Scottish Leaving Certificate Examination, 1954
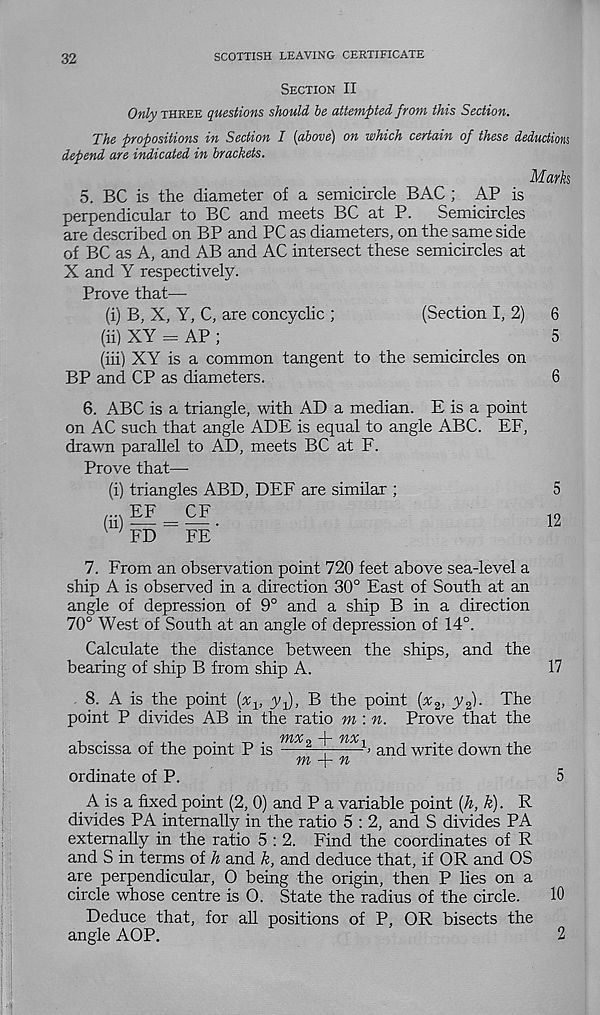
32
SCOTTISH LEAVING CERTIFICATE
Section II
Only three questions should he attempted from this Section.
The propositions in Section I {above) on which certain of these deductions
depend are indicated in brackets.
Marks
5. BC is the diameter of a semicircle BAG ; AP is
perpendicular to BC and meets BC at P.
Semicircles
are described on BP and PC as diameters, on the same side
of BC as A, and AB and AC intersect these semicircles at
X and Y respectively.
Prove that—
(i) B, X, Y, C, are concyclic ;
(Section I, 2)
6
(ii) XY = AP ;
5
(hi) XY is a common tangent to the semicircles on
BP and CP as diameters.
6
6. ABC is a triangle, with AD a median. E is a point
on AC such that angle ADE is equal to angle ABC. EF,
drawn parallel to AD, meets BC at F.
Prove that—
(i) triangles ABD, DEF are similar ;
EF
CF
n) — = -— •
' FD
FE
5
12
7. From an observation point 720 feet above sea-level a
ship A is observed in a direction 30° East of South at an
angle of depression of 9° and a ship B in a direction
70° West of South at an angle of depression of 14°.
Calculate the distance between the ships, and the
bearing of ship B from ship A.
17
8. A is the point (x v y-J, B the point {x 2 , y 2 ). The
point P divides AB in the ratio m : n. Prove that the
abscissa of the point P is mX2 ~!~ nXl > and write down the
r
m -f n
ordinate of P.
5
A is a fixed point (2, 0) and P a variable point {h, k). R
divides PA internally in the ratio 5 : 2, and S divides PA
externally in the ratio 5 : 2. Find the coordinates of R
and S in terms of h and k, and deduce that, if OR and OS
are perpendicular, 0 being the origin, then P lies on a
circle whose centre is 0. State the radius of the circle.
10
Deduce that, for all positions of P, OR bisects the
angle AOP.
2